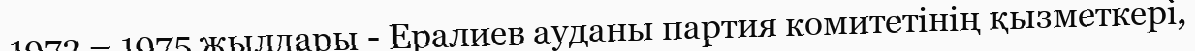
1973 – 1975 жылдары - Ералиев ауданы партия комитетінің қызметкері,